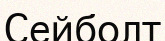
Сейболт